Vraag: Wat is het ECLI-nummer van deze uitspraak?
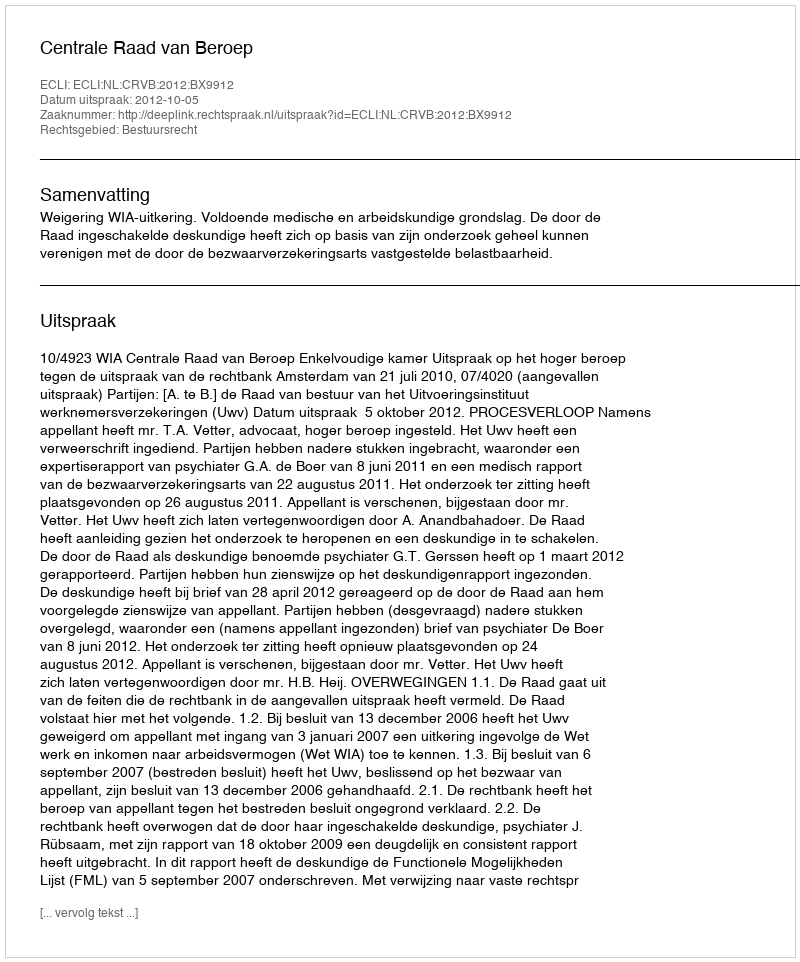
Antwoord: ECLI:NL:CRVB:2012:BX9912